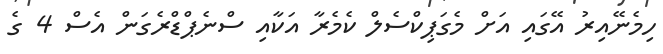
ހިމެނޭއިރު އޭގައި އަށް މެގަޕިކްސެލް ކެމެރާ އަކާއި ސްނެޕްޑްރެގަން އެސް 4 ގެ